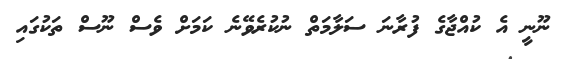
ނޫނީ އެ ކުއްޖާގެ ފުރާނަ ސަލާމަތް ނުކުރެވޭނެ ކަމަށް ވެސް ނޫސް ތަކުގައި